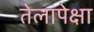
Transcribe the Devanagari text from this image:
तेलांपेक्षा